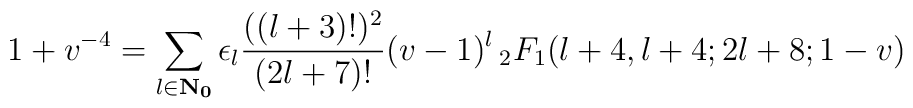
1+v^{-4}=\sum_{l \in \bf{N}_0} \epsilon_l \frac{((l+3)!)^2}{(2l+7)!} (v-1)^l \, _2F_1(l+4, l+4; 2l+8;1-v)